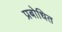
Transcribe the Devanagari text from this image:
प्रबोधित